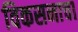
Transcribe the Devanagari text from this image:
विकसनाचा